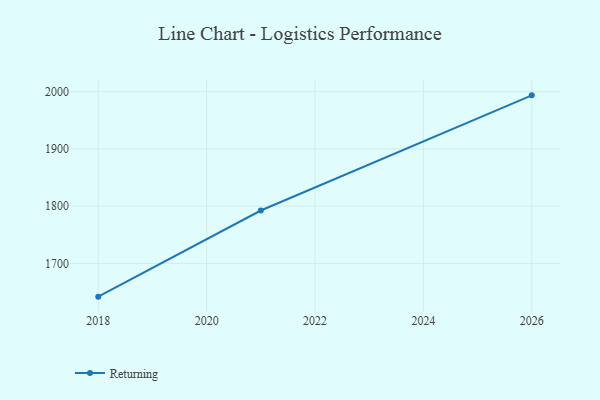
{"axis": {"x": "Year", "y": "Backlog"}, "legend": ["Returning"], "data": [{"x": "2018", "y": 1642.0, "type": "Returning"}, {"x": "2021", "y": 1792.4, "type": "Returning"}, {"x": "2026", "y": 1993.5, "type": "Returning"}]}